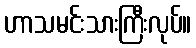
ဟာသမင်းသားကြီးလုပ်။